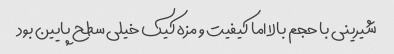
شیرینی با حجم بالا اما کیفیت و مزه کیک خیلی سطح پایین بود